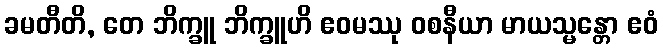
ခမတီတိ, တေ ဘိက္ခူ ဘိက္ခူဟိ ဧဝမဿု ဝစနီယာ မာယသ္မန္တော ဧဝံ